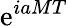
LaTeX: \mathrm{e}^{iaMT}